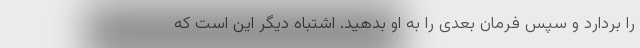
را بردارد و سپس فرمان بعدی را به او بدهید. اشتباه دیگر این است که